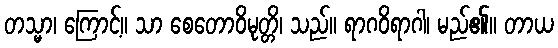
တသ္မာ၊ ကြောင့်။ သာ စေတောဝိမုတ္တိ၊ သည်။ ရာဂဝိရာဂါ၊ မည်၏။ တာယ